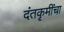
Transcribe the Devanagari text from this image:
दंतकृमींचा